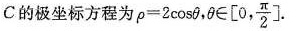
C的极坐标方程\rho=2\cos\theta ,\theta \in[0,\frac{\pi}{2}].